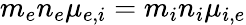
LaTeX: m_{e}n_{e}\mu_{e,i}=m_{i}n_{i}\mu_{i,e}